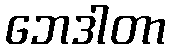
ဘေဒါတာ